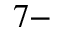
^ { 7 - }